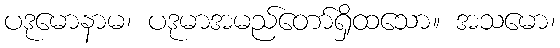
ပဒုမောနာမ၊ ပဒုမာအမည်တော်ရှိထသော။ အသမော၊